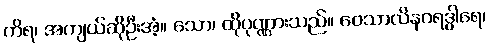
ကိရ၊ အကျယ်ဆိုဦးအံ့။ သော၊ ထိုပုဏ္ဏားသည်။ ဝေသာလိနဂရဒွါရေ၊